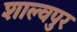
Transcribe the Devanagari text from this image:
शाल्वपुर